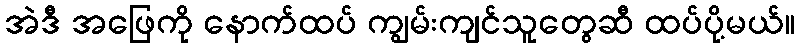
အဲဒီ အဖြေကို နောက်ထပ် ကျွမ်းကျင်သူတွေဆီ ထပ်ပို့မယ်။